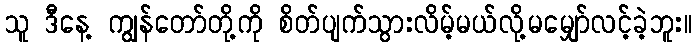
သူ ဒီနေ့ ကျွန်တော်တို့ကို စိတ်ပျက်သွားလိမ့်မယ်လို့မမျှော်လင့်ခဲ့ဘူး။